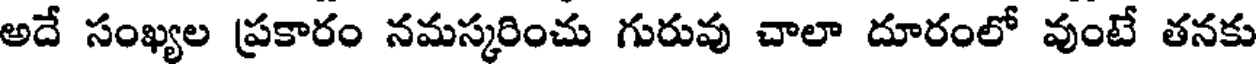
అదే సంఖ్యల ప్రకారం నమస్కరించు గురువు చాలా దూరంలో వుంటే తనకు